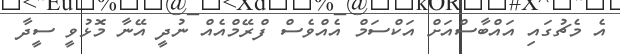
އެ މެޗުގައި އައްބާސްއަށް އަކްސަމް އެއްވެސް ފްރޭމްއެއް ނުދީ އޭނާ މޮޅުވީ ސީދާ